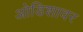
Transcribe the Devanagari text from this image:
ओडिशावर